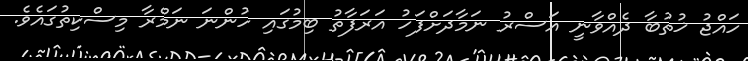
ހައްޖު ޚުތުބާ ދެއްވާނީ އަސްރު ނަމާދަށްފަހު އަރަފާތު ބިމުގައި ހުންނަ ނަމްރާ މިސްކިތުގައެވެ.